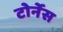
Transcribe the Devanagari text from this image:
टोर्नेस